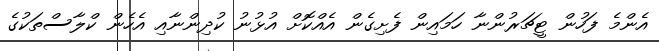
އެންމެ ފަހުން ޓީޗަރުންނާ ހަމައިން ފެށިގެން އެއްކޮށް އުޅުނު ކުދިންނާއި އެހެން ކްލާސްތަކުގެ